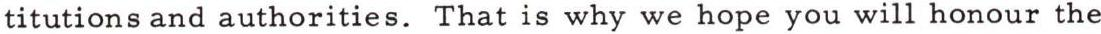
titutions and authorities. That is why we hope you will honour the